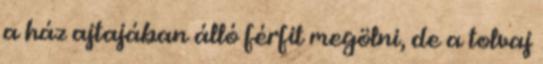
a ház ajtajában álló férfit megölni, de a tolvaj